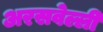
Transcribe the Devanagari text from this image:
अरसवेल्ली